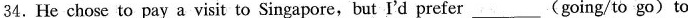
34.He chose to pay a visit to Singapore,but I'd prefer___(going/to go)to